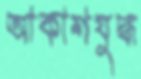
আকাশযুদ্ধ